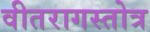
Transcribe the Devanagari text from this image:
वीतरागस्तोत्र